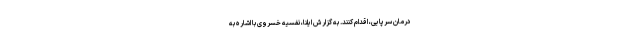
درمان سرپایی، اقدام کنند. به گزارش ایلنا، نفسیه خسروی با اشاره به